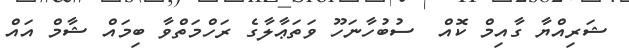
ޝަރިއްޔާ ގާއިމް ކޮއް  ސުބުހާނަހޫ ވަތަޢާލާގެ ރަހްމަތްވާ ބިމައް ޝާމް އައް